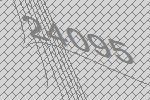
24095